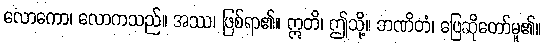
လောကော၊ လောကသည်။ အဿ၊ ဖြစ်ရာ၏။ ဣတိ၊ ဤသို့။ ဘဏိတံ၊ ဖြေဆိုတော်မူ၏။